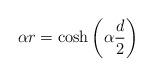
LaTeX: \begin{align*}\alpha r=\cosh\left(\alpha\frac{d}{2}\right)\end{align*}